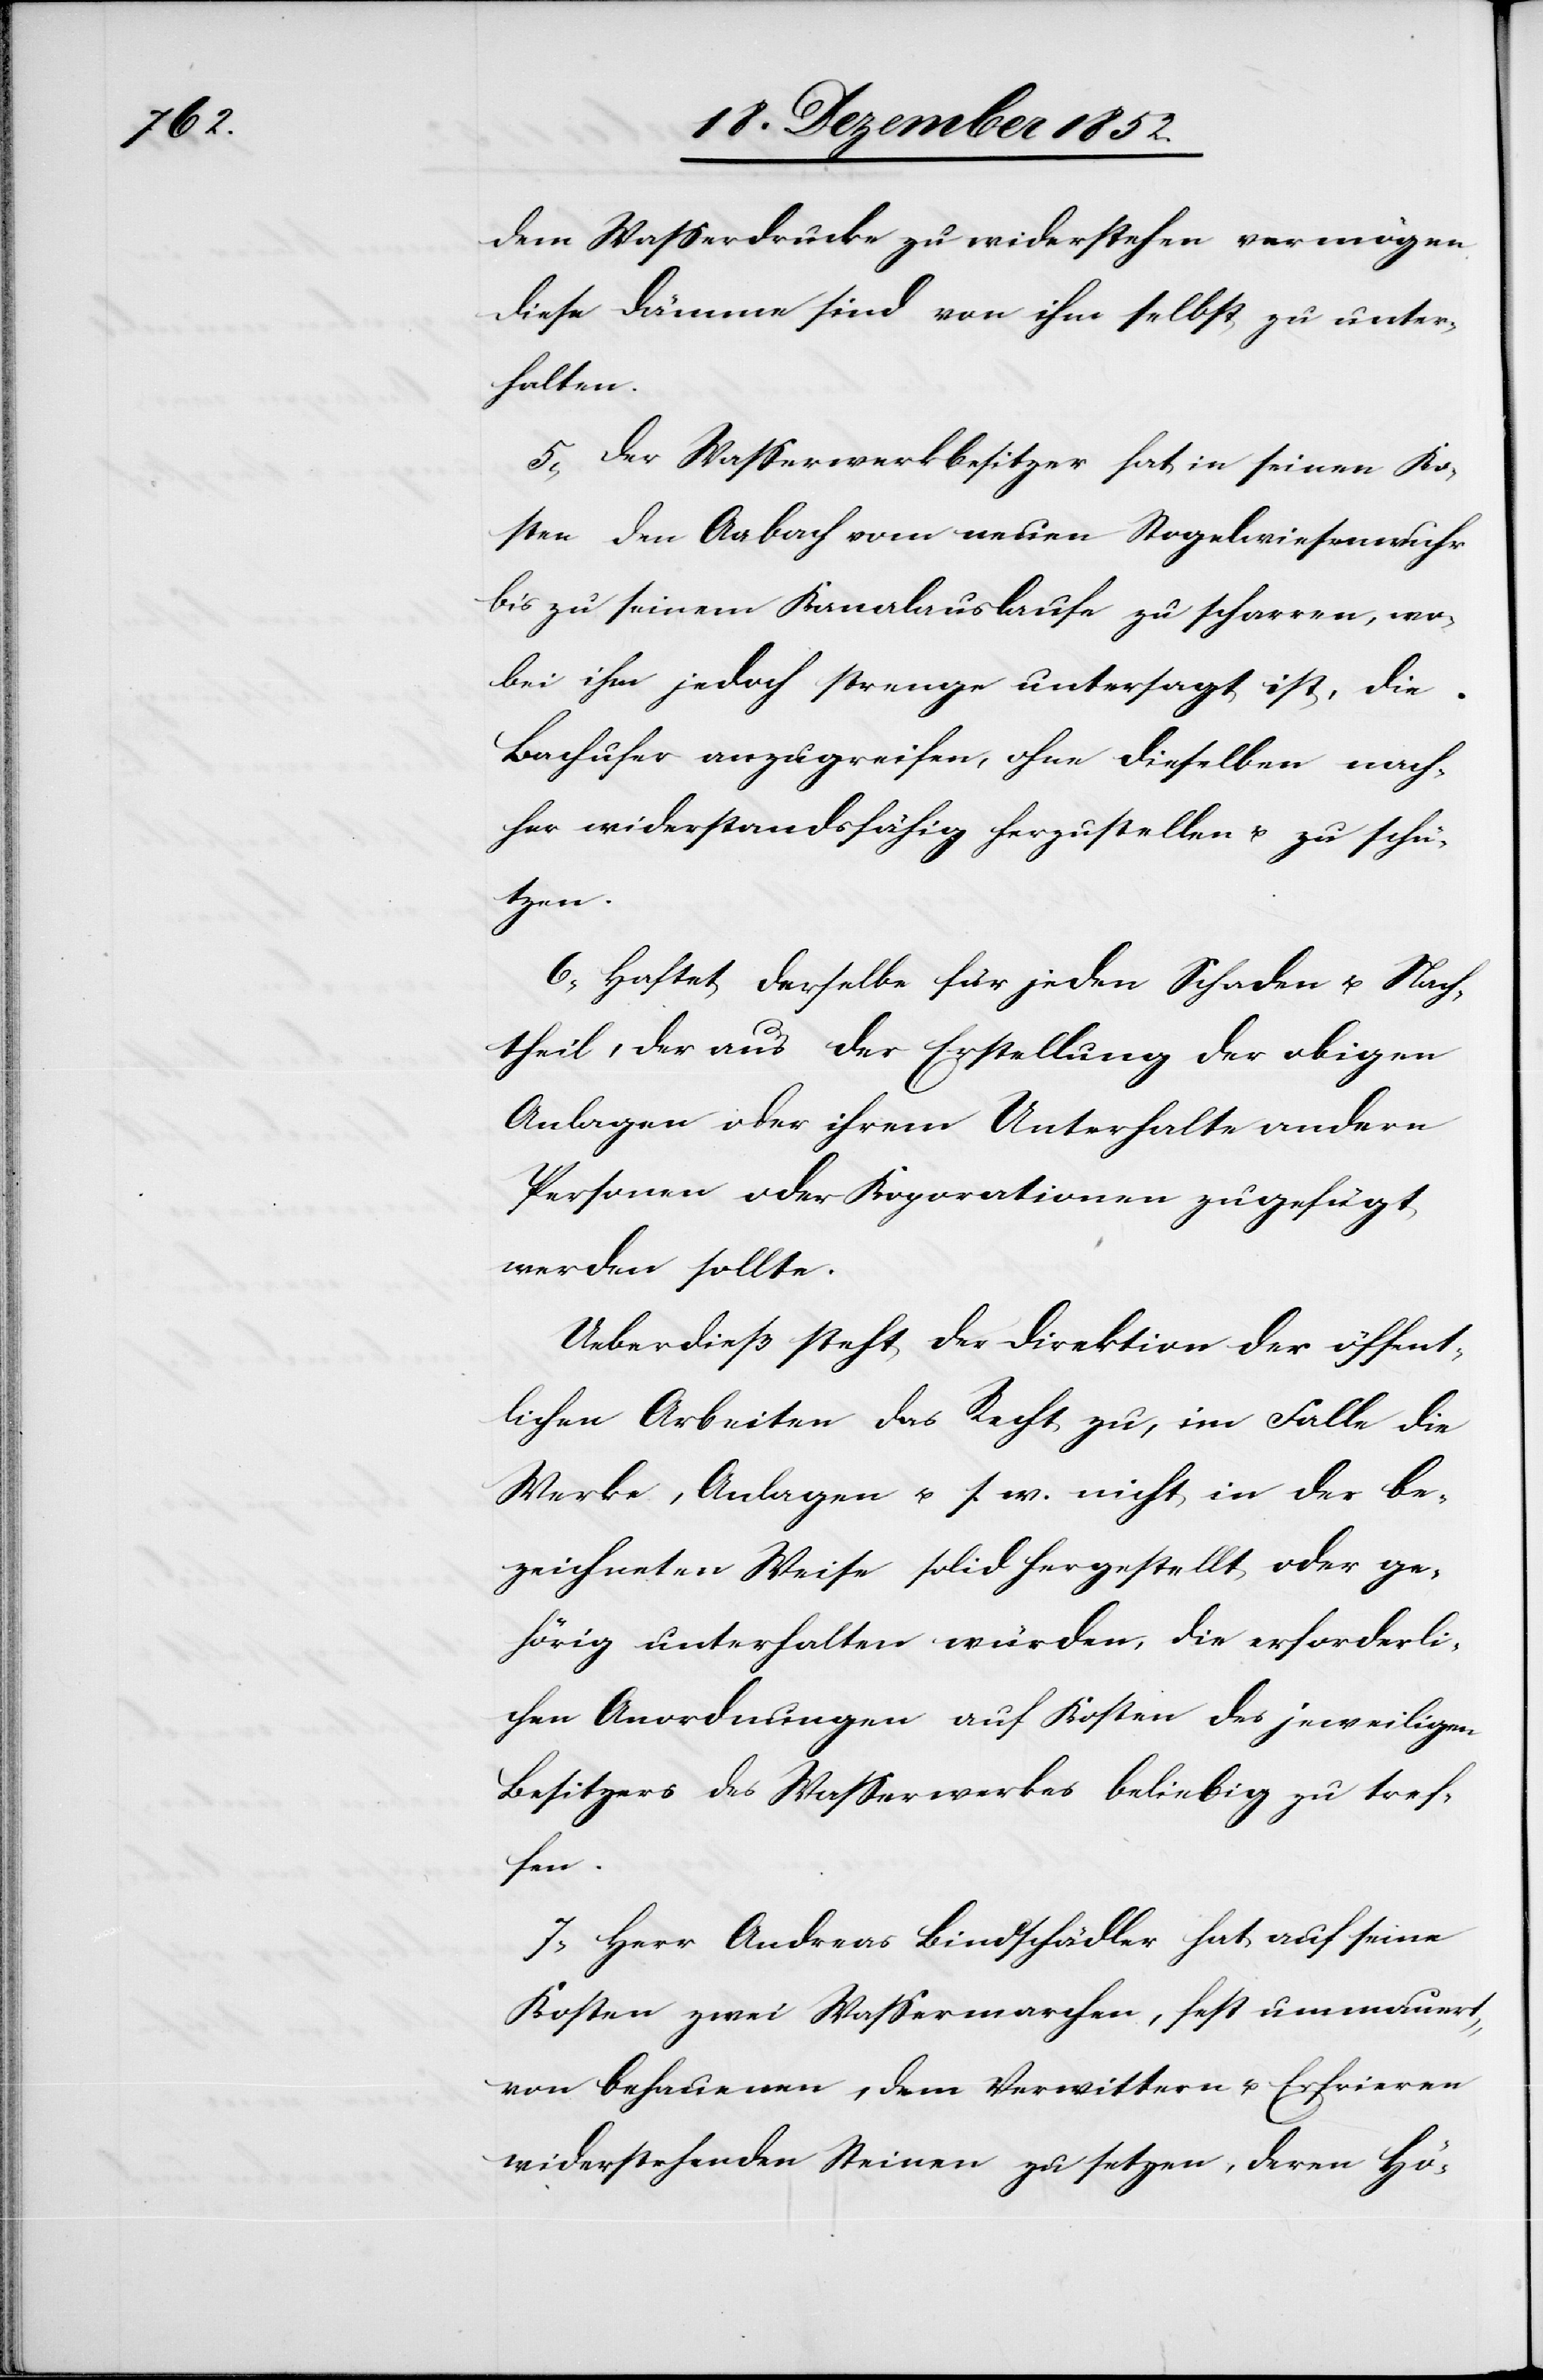
dem Wasserdrucke zu widerstehen vermögen.
Diese Dämme sind von ihm selbst zu unter¬
halten.
5, Der Wasserwerkbesitzer hat in seinen Ko¬
sten den Aabach vom neuen Stogelwiesenwuhr
bis zu seinem Kanalauslaufe zu scharren, wo¬
bei ihm jedoch strenge untersagt ist, die
Bachufer anzugreifen, ohne dieselben nach¬
her widerstandsfähig herzustellen u. zu schü¬
tzen.
6, Haftet derselbe für jeden Schaden u. Nach¬
theil, der aus der Erstellung der obigen
Anlagen oder ihrem Unterhalte andern
Personen oder Ko[r]porationen zugefügt
werden sollte.
Ueberdieß steht der Direktion der öffent¬
lichen Arbeiten das Recht zu, im Falle die
Werke, Anlagen u. s. w. nicht in der be¬
zeichneten Weise solid hergestellt oder ge¬
hörig unterhalten würden, die erforderli¬
chen Anordnungen auf Kosten des jeweiligen
Besitzers des Wasserwerkes beliebig zu tref¬
fen.
7, Herr Andreas Bindschädler hat auf seine
Kosten zwei Wassermarchen, fest ummauert,
von behauenen, dem Verwittern u. Erfrieren
widerstehenden Steinen zu setzen, deren Hö-